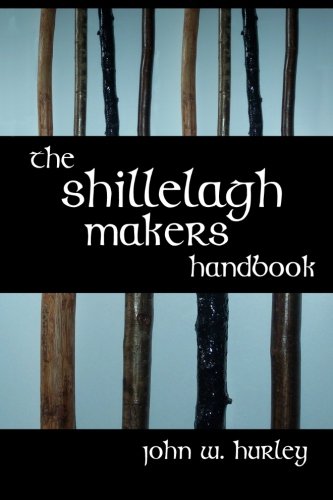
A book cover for The Shillelagh Makers Handbook; John W. Hurley; Crafts, Hobbies & Home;